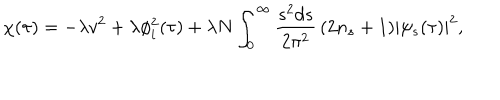
LaTeX: \chi ( \tau ) = - \lambda v ^ { 2 } + \lambda \phi _ { i } ^ { 2 } ( \tau ) + \lambda N \int _ { 0 } ^ { \infty } \frac { s ^ { 2 } d s } { 2 \pi ^ { 2 } } \, ( 2 n _ { s } + 1 ) | \psi _ { s } ( \tau ) | ^ { 2 } ,